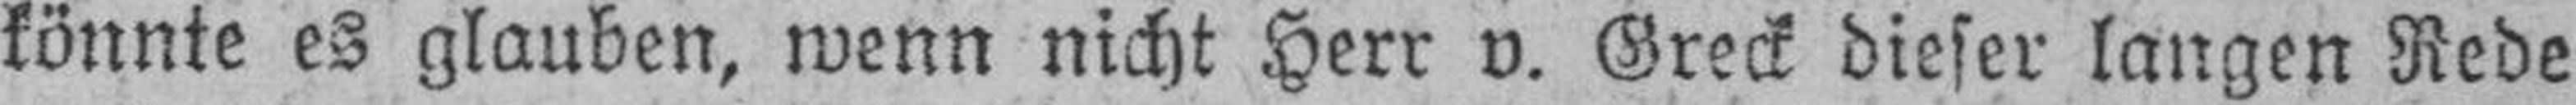
könnte es glauben, wenn nicht Herr v. Greck dieser langen Rede